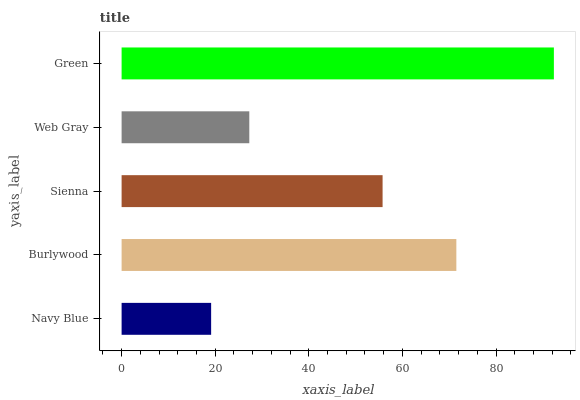
| yaxis_label | bars |
 | --- | --- |
 | Navy Blue | 19.1 |
 | Burlywood | 71.5 |
 | Sienna | 55.8 |
 | Web Gray | 27.3 |
 | Green | 92.4 |